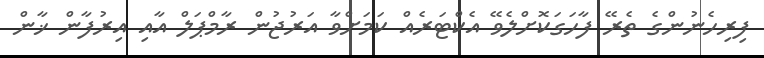
ފިރިހެނުންގެ ތެރޭ ފާހަގަކޮށްލެވޭ އެކްޓަރެއް ކަމަށްވާ އަރުޖުން ރާމްޕަލް އާއި އިރުފާން ޚާން